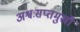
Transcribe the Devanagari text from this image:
अश्वःसप्तमुखौ